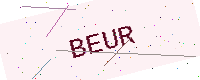
Text: BEUR